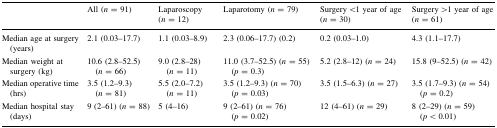
|  | All (n = 91) | Laparoscopy (n = 12) | Laparotomy (n = 79) | Surgery <1 year of age (n = 30) | Surgery >1 year of age (n = 61) |
 | --- | --- | --- | --- | --- | --- |
 | Median age at surgery (years) | 2.1 (0.03–17.7) | 1.1 (0.03–8.9) | 2.3 (0.06–17.7) (0.2) | 0.2 (0.03–1.0) | 4.3 (1.1–17.7) |
 | Median weight at surgery (kg) | 10.6 (2.8–52.5) (n = 66) | 9.0 (2.8–28) (n = 11) | 11.0 (3.7–52.5) (n = 55) (p = 0.3) | 5.2 (2.8–12) (n = 24) | 15.8 (9–52.5) (n = 42) |
 | Median operative time (hrs) | 3.5 (1.2–9.3) (n = 81) | 5.5 (2.0–7.2) (n = 11) | 3.5 (1.2–9.3) (n = 70) (p = 0.03) | 3.5 (1.5–6.3) (n = 27) | 3.5 (1.7–9.3) (n = 54) (p = 0.2) |
 | Median hospital stay (days) | 9 (2–61) (n = 88) | 5 (4–16) | 9 (2–61) (n = 76) (p = 0.02) | 12 (4–61) (n = 29) | 8 (2–29) (n = 59) (p < 0.01) |